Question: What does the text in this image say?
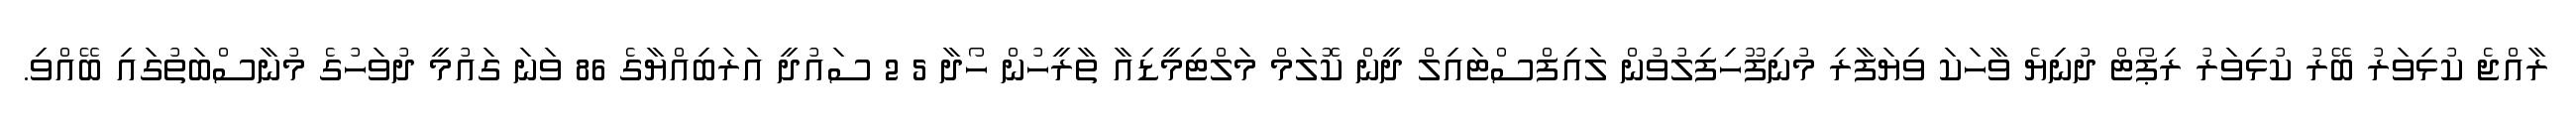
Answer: ރާއްޖެ ކުޅިވަރު ބޭރު ކުޅިވަރު ރިޕޯޓް ދުނިޔެ ވާހަކަ ވިޔަފާރި މުނިފޫހިފިލުވުން ލައިފްސްޓައިލް ދީން ކޮލަމް މަލްޓިމީޑިއާ ތާރީހުން ހޯދާ 5 2 ސައުދީ އަރަބިއްޔާގެ 86 ވަނަ ގައުމީ ދުވަހުގެ މުނާސްބަތުގައި ބޭއްވި.